Physiological action of certain drugs in tablet form - Number 52A
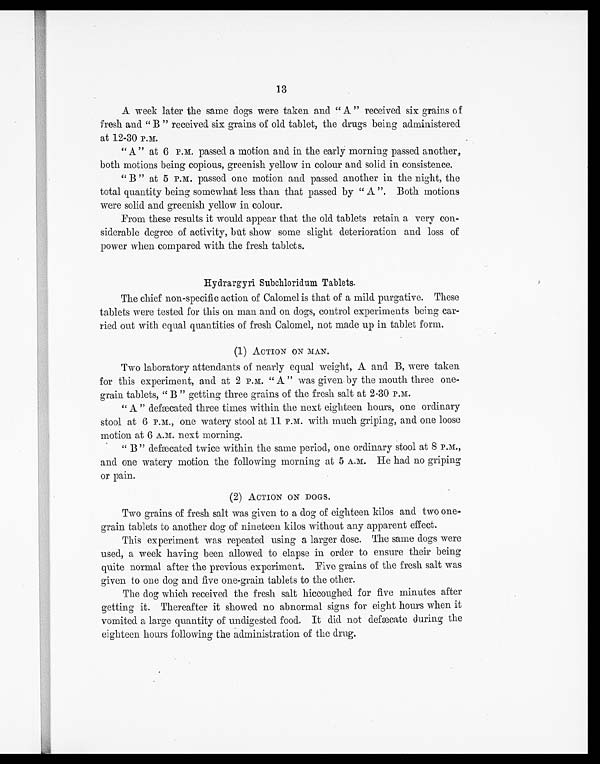
13
A week later the same dogs were taken and " A " received six grains of
fresh and " B " received six grains of old tablet, the drugs being administered
at 12-30 P.M.
" A " at 6 P.M. passed a motion and in the early morning passed another,
both motions being copious, greenish yellow in colour and solid in consistence.
" B " at 5 P.M. passed one motion and passed another in the night, the
total quantity being somewhat less than that passed by " A ". Both motions
were solid and greenish yellow in colour.
From these results it would appear that the old tablets retain a very con-
siderable degree of activity, but show some slight deterioration and loss of
power when compared with the fresh tablets.
Hydrargyri Subchloridum Tablets.
The chief non-specific action of Calomel is that of a mild purgative. These
tablets were tested for this on man and on dogs, control experiments being car-
ried out with equal quantities of fresh Calomel, not made up in tablet form.
(1) ACTION ON MAN.
Two laboratory attendants of nearly equal weight, A and B, were taken
for this experiment, and at 2 P.M. " A " was given by the mouth three one-
grain tablets, " B " getting three grains of the fresh salt at 2-30 P.M.
" A " defæcated three times within the next eighteen hours, one ordinary
stool at 6 P.M., one watery stool at 11 with much griping, and one loose
motion at 6 A.M. next morning.
" B " defæcated twice within the same period, one ordinary stool at 8 P.M.,
and one watery motion the following morning at 5 A.M. He had no griping
or pain.
(2) ACTION ON DOGS.
Two grains of fresh salt was given to a dog of eighteen kilos and two one-
grain tablets to another dog of nineteen kilos without any apparent effect.
This experiment was repeated using a larger dose. The same dogs were
used, a week having been allowed to elapse in order to ensure their being
quite normal after the previous experiment. Five grains of the fresh salt was
given to one dog and five one-grain tablets to the other.
The dog which received the fresh salt hiccoughed for five minutes after
getting it. Thereafter it showed no abnormal signs for eight hours when it
vomited a large quantity of undigested food. It did not defæcate during the
eighteen hours following the administration of the drug.